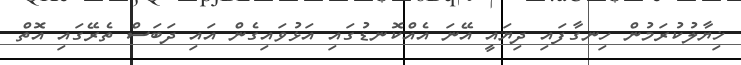
ޚިޔާލުކުރަމުން ހިނގާފައި ދިޔައީ އޭނަ އެއްކޮނޑުގައި އަޅުވައިގެން އައި ދަބަސް ތެރޭގައި އޮތް